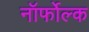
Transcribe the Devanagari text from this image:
नॉर्फोल्क